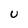
Character: U